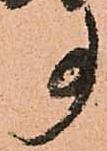
事